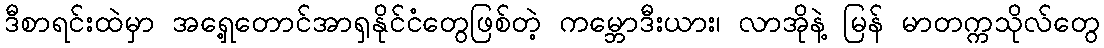
ဒီစာရင်းထဲမှာ အရှေ့တောင်အာရှနိုင်ငံတွေဖြစ်တဲ့ ကမ္ဘောဒီးယား၊ လာအိုနဲ့ မြန် မာတက္ကသိုလ်တွေ